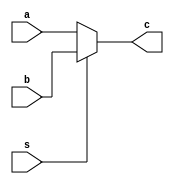
`timescale 1ns / 1ps
//////////////////////////////////////////////////////////////////////////////////
// Company: 
// Engineer: 
// 
// Design Name: 
// Module Name: Mux
// Project Name: 
// Target Devices: 
// Tool Versions: 
// Description: 
// 
// Dependencies: 
// 
// Revision:
// Revision 0.01 - File Created
// Additional Comments:
// 
//////////////////////////////////////////////////////////////////////////////////


module Mux (a,b,s,c);

    input [31:0]a,b;
    input s;
    output [31:0]c;

    assign c = (~s) ? a : b ;
    
endmodule

/*****************/